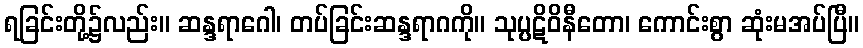
ရခြင်းတို့၌လည်း။ ဆန္ဒရာဂေါ၊ တပ်ခြင်းဆန္ဒရာဂကို။ သုပ္ပဋိဝိနီတော၊ ကောင်းစွာ ဆုံးမအပ်ပြီ။